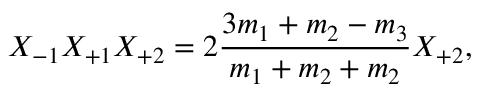
X _ { - 1 } X _ { + 1 } X _ { + 2 } = 2 \frac { 3 m _ { 1 } + m _ { 2 } - m _ { 3 } } { m _ { 1 } + m _ { 2 } + m _ { 2 } } X _ { + 2 } ,